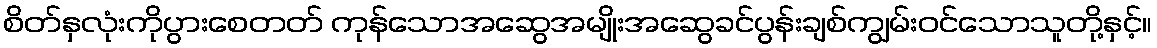
စိတ်နှလုံးကိုပွားစေတတ် ကုန်သောအဆွေအမျိုးအဆွေခင်ပွန်းချစ်ကျွမ်းဝင်သောသူတို့နှင့်။